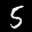
Label: 5